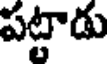
పట్టాడు